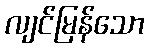
လျင်မြန်သော